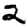
Digit: 2